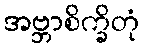
အဗ္ဘာစိက္ခိတုံ